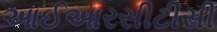
આઈઆરસીટીસી